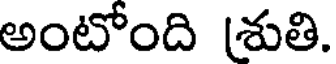
అంటోంది (శుతి.